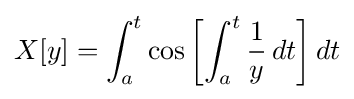
X[y]=\int _{a}^{t}\cos \left[\int _{a}^{t}{\frac {1}{y}}\,dt\right]dt